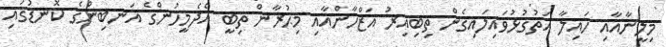
މިލީނާއާއި ހައިލާ އަތުގުޅުވައިލައިގެން ތިބިއިރު އަޒްހާންއާއި މިޙުރާން ތިބީ އެދެމީހުންގެ އަނބިންގެ ކޮނޑުގައި